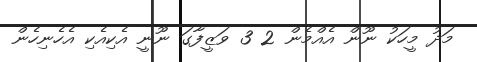
މަދު މީހަކު ނޫން އެއްމެން 2 3 ވަޒީފާގަ ނޫނީ އެކިއެކި އެހެނިހެން